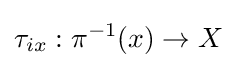
\tau _{ix}:\pi ^{-1}(x)\to X